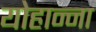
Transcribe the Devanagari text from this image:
योहान्ना